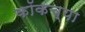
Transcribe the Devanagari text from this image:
कॉकच्या